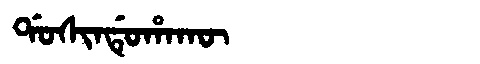
Manchu: ᡩᠣᠰᡳᠨᡩᡠᡥᠠᡴᡡ
Romanization: DOSINDUHAKŪ